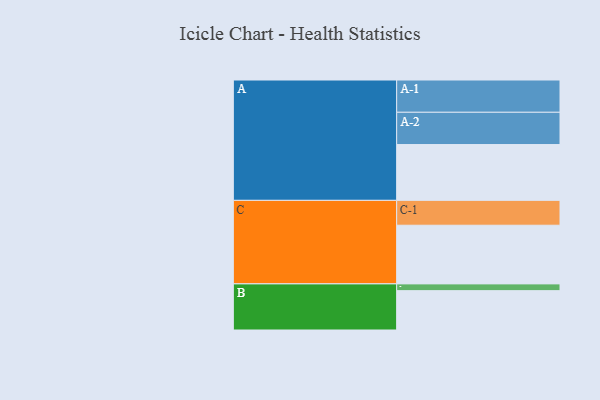
{"axis": {"x": "Segment", "y": "Value"}, "legend": ["", "A", "B", "C"], "data": [{"x": "A", "y": 512, "type": ""}, {"x": "B", "y": 361, "type": ""}, {"x": "C", "y": 538, "type": ""}, {"x": "A-1", "y": 296, "type": "A"}, {"x": "A-2", "y": 296, "type": "A"}, {"x": "B-1", "y": 62, "type": "B"}, {"x": "C-1", "y": 228, "type": "C"}]}